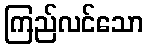
ကြည်လင်သော